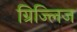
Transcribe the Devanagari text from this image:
ग्रिज्लिज